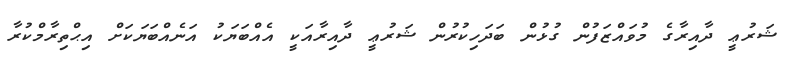
ޝަރުޢީ ދާއިރާގެ މުވައްޒަފުން ގުޅުން ބަދަހިކުރުން ޝަރުޢީ ދާއިރާއަކީ އެއްބަޔަކު އަނެއްބަޔަކަށް އިޙްތިރާމްކުރާ